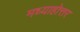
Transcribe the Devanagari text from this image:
मध्याहोत्तर